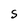
Character: S